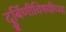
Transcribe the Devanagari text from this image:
दुर्बिणीविषयीच्या